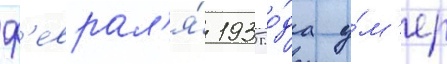
ф'еврал'я́ 1935 го́да у́м'ер